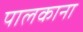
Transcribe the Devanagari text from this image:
पालकाना